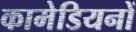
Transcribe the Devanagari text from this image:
कामेडियनों